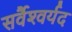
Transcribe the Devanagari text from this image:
सर्वैश्‍वर्यद